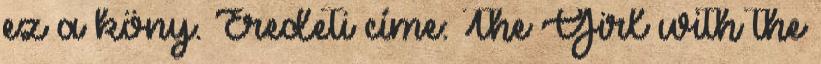
ez a köny. Eredeti címe: The Girl with the